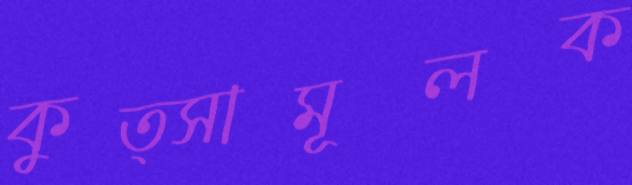
কুত্সামূলক